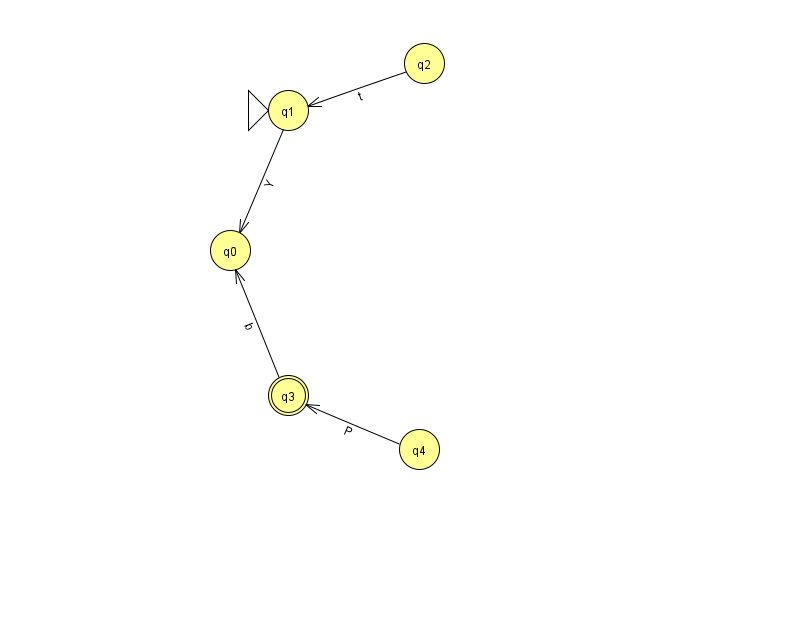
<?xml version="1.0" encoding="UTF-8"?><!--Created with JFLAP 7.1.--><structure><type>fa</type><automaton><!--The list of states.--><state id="0" name="q0"><x>230.0</x><y>237.0</y></state><state id="1" name="q1"><x>288.0</x><y>97.0</y><initial/></state><state id="2" name="q2"><x>424.0</x><y>50.0</y></state><state id="3" name="q3"><x>288.0</x><y>382.0</y><final/></state><state id="4" name="q4"><x>419.0</x><y>436.0</y></state><!--The list of transitions.--><transition><from>2</from><to>1</to><read>t</read></transition><transition><from>3</from><to>0</to><read>b</read></transition><transition><from>1</from><to>0</to><read>Y</read></transition><transition><from>4</from><to>3</to><read>P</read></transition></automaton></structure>